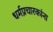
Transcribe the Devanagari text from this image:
धर्मप्रचारकांना